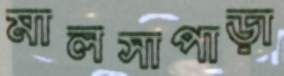
মালসাপাড়া